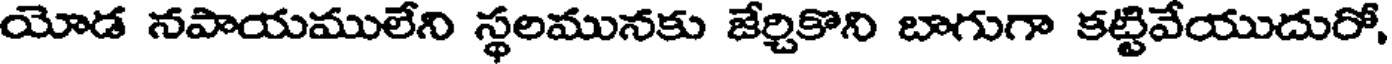
యోడ నపాయములేని స్థలమునకు జేర్చికొని బాగుగా కట్టివేయుదురో,